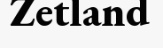
Zetland